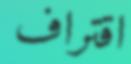
اقتراف